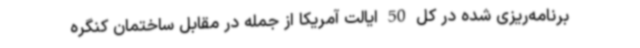
برنامه‌ریزی شده در کل 50 ایالت آمریکا از جمله در مقابل ساختمان کنگره